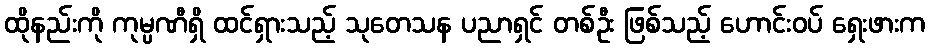
ထိုနည်းကို ကုမ္ပဏီရှိ ထင်ရှားသည့် သုတေသန ပညာရှင် တစ်ဦး ဖြစ်သည့် ဟောင်းဝပ် ရှေးဖားက